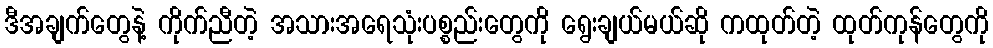
ဒီအချက်တွေနဲ့ ကိုက်ညီတဲ့ အသားအရေသုံးပစ္စည်းတွေကို ရွေးချယ်မယ်ဆို ကထုတ်တဲ့ ထုတ်ကုန်တွေကို